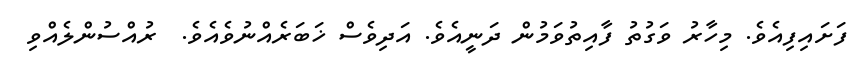
ފަށައިފިއެވެ. މިހާރު ވަގުތު ފާއިތުވަމުން ދަނީއެވެ. އަދިވެސް ޚަބަރެއްނުވެއެވެ.  ރުއްސުންލެއްވި